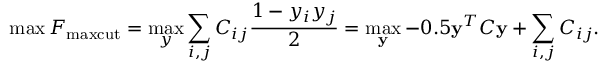
\operatorname* { m a x } F _ { \mathrm { m a x c u t } } = \operatorname* { m a x } _ { y } \sum _ { i , j } C _ { i j } \frac { 1 - y _ { i } y _ { j } } { 2 } = \operatorname* { m a x } _ { \bf y } - 0 . 5 { \bf y } ^ { T } C { \bf y } + \sum _ { i , j } C _ { i j } .